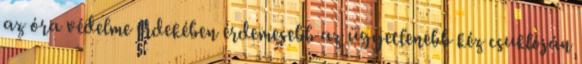
az óra védelme érdekében érdemesebb az ügyetlenebb kéz csuklóján